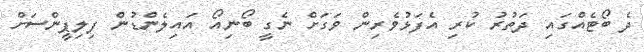
ދެ ބޯޓެއްގައި ދަތުރު ކުރި އެފަޅުވެރިން ވަގަށް ނެގީ ބޯނިއޯ އައިލެންޑުން ފިލިޕީންސަށް